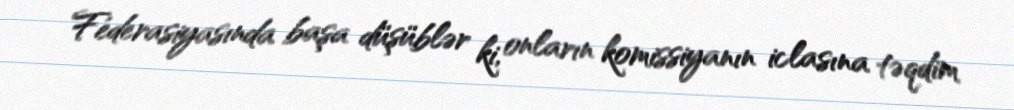
Federasiyasında başa düşüblər ki, onların komissiyanın iclasına təqdim